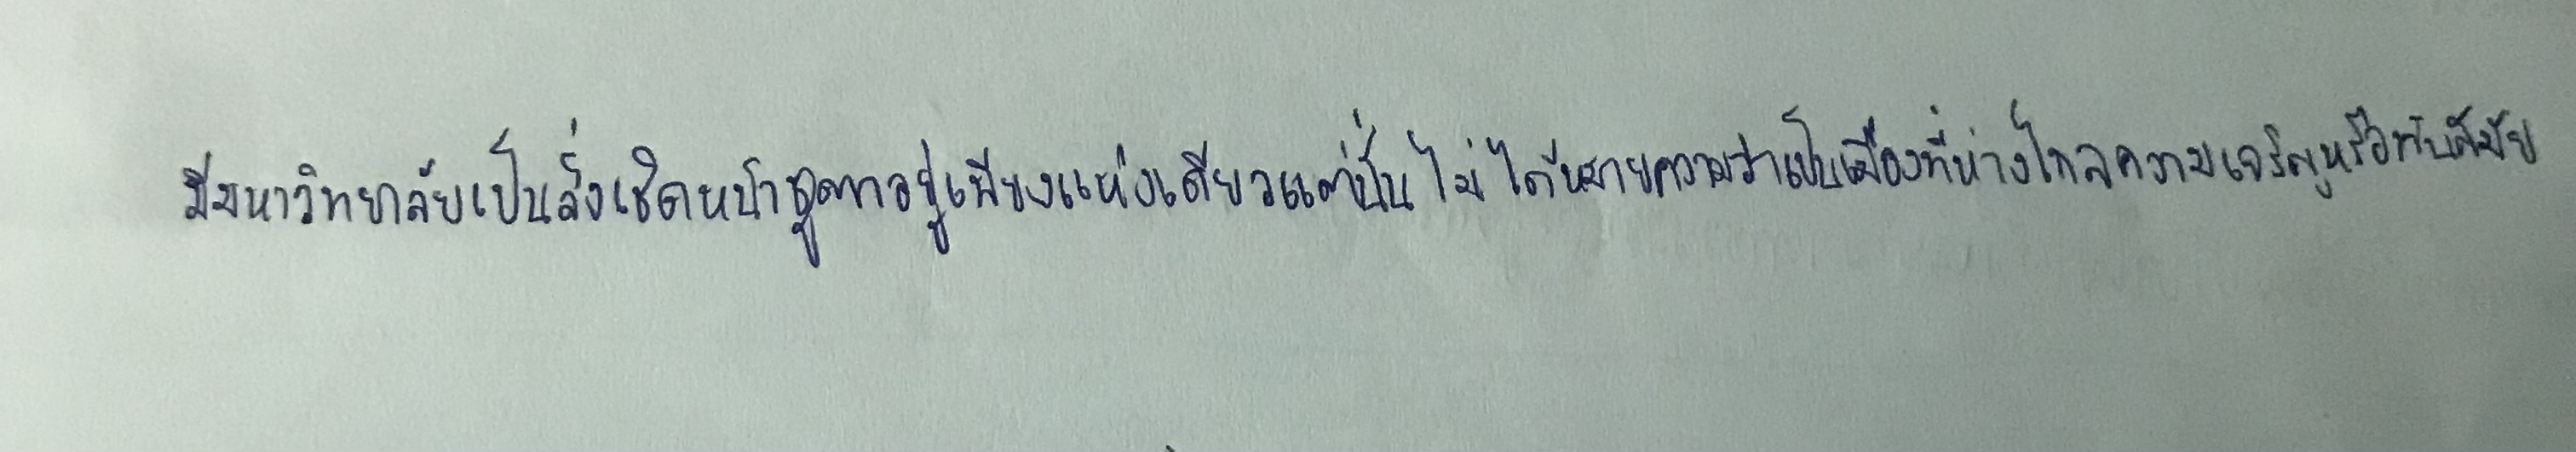
มีมหาวิทยาลัยเป็นสิ่งเชิดหน้าชูตาอยู่เพียงแห่งเดียวแต่นั่นไม่ได้หมายความว่าเป็นเมืองที่ห่างไกลความเจริญหรือทันสมัย